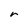
Character: r